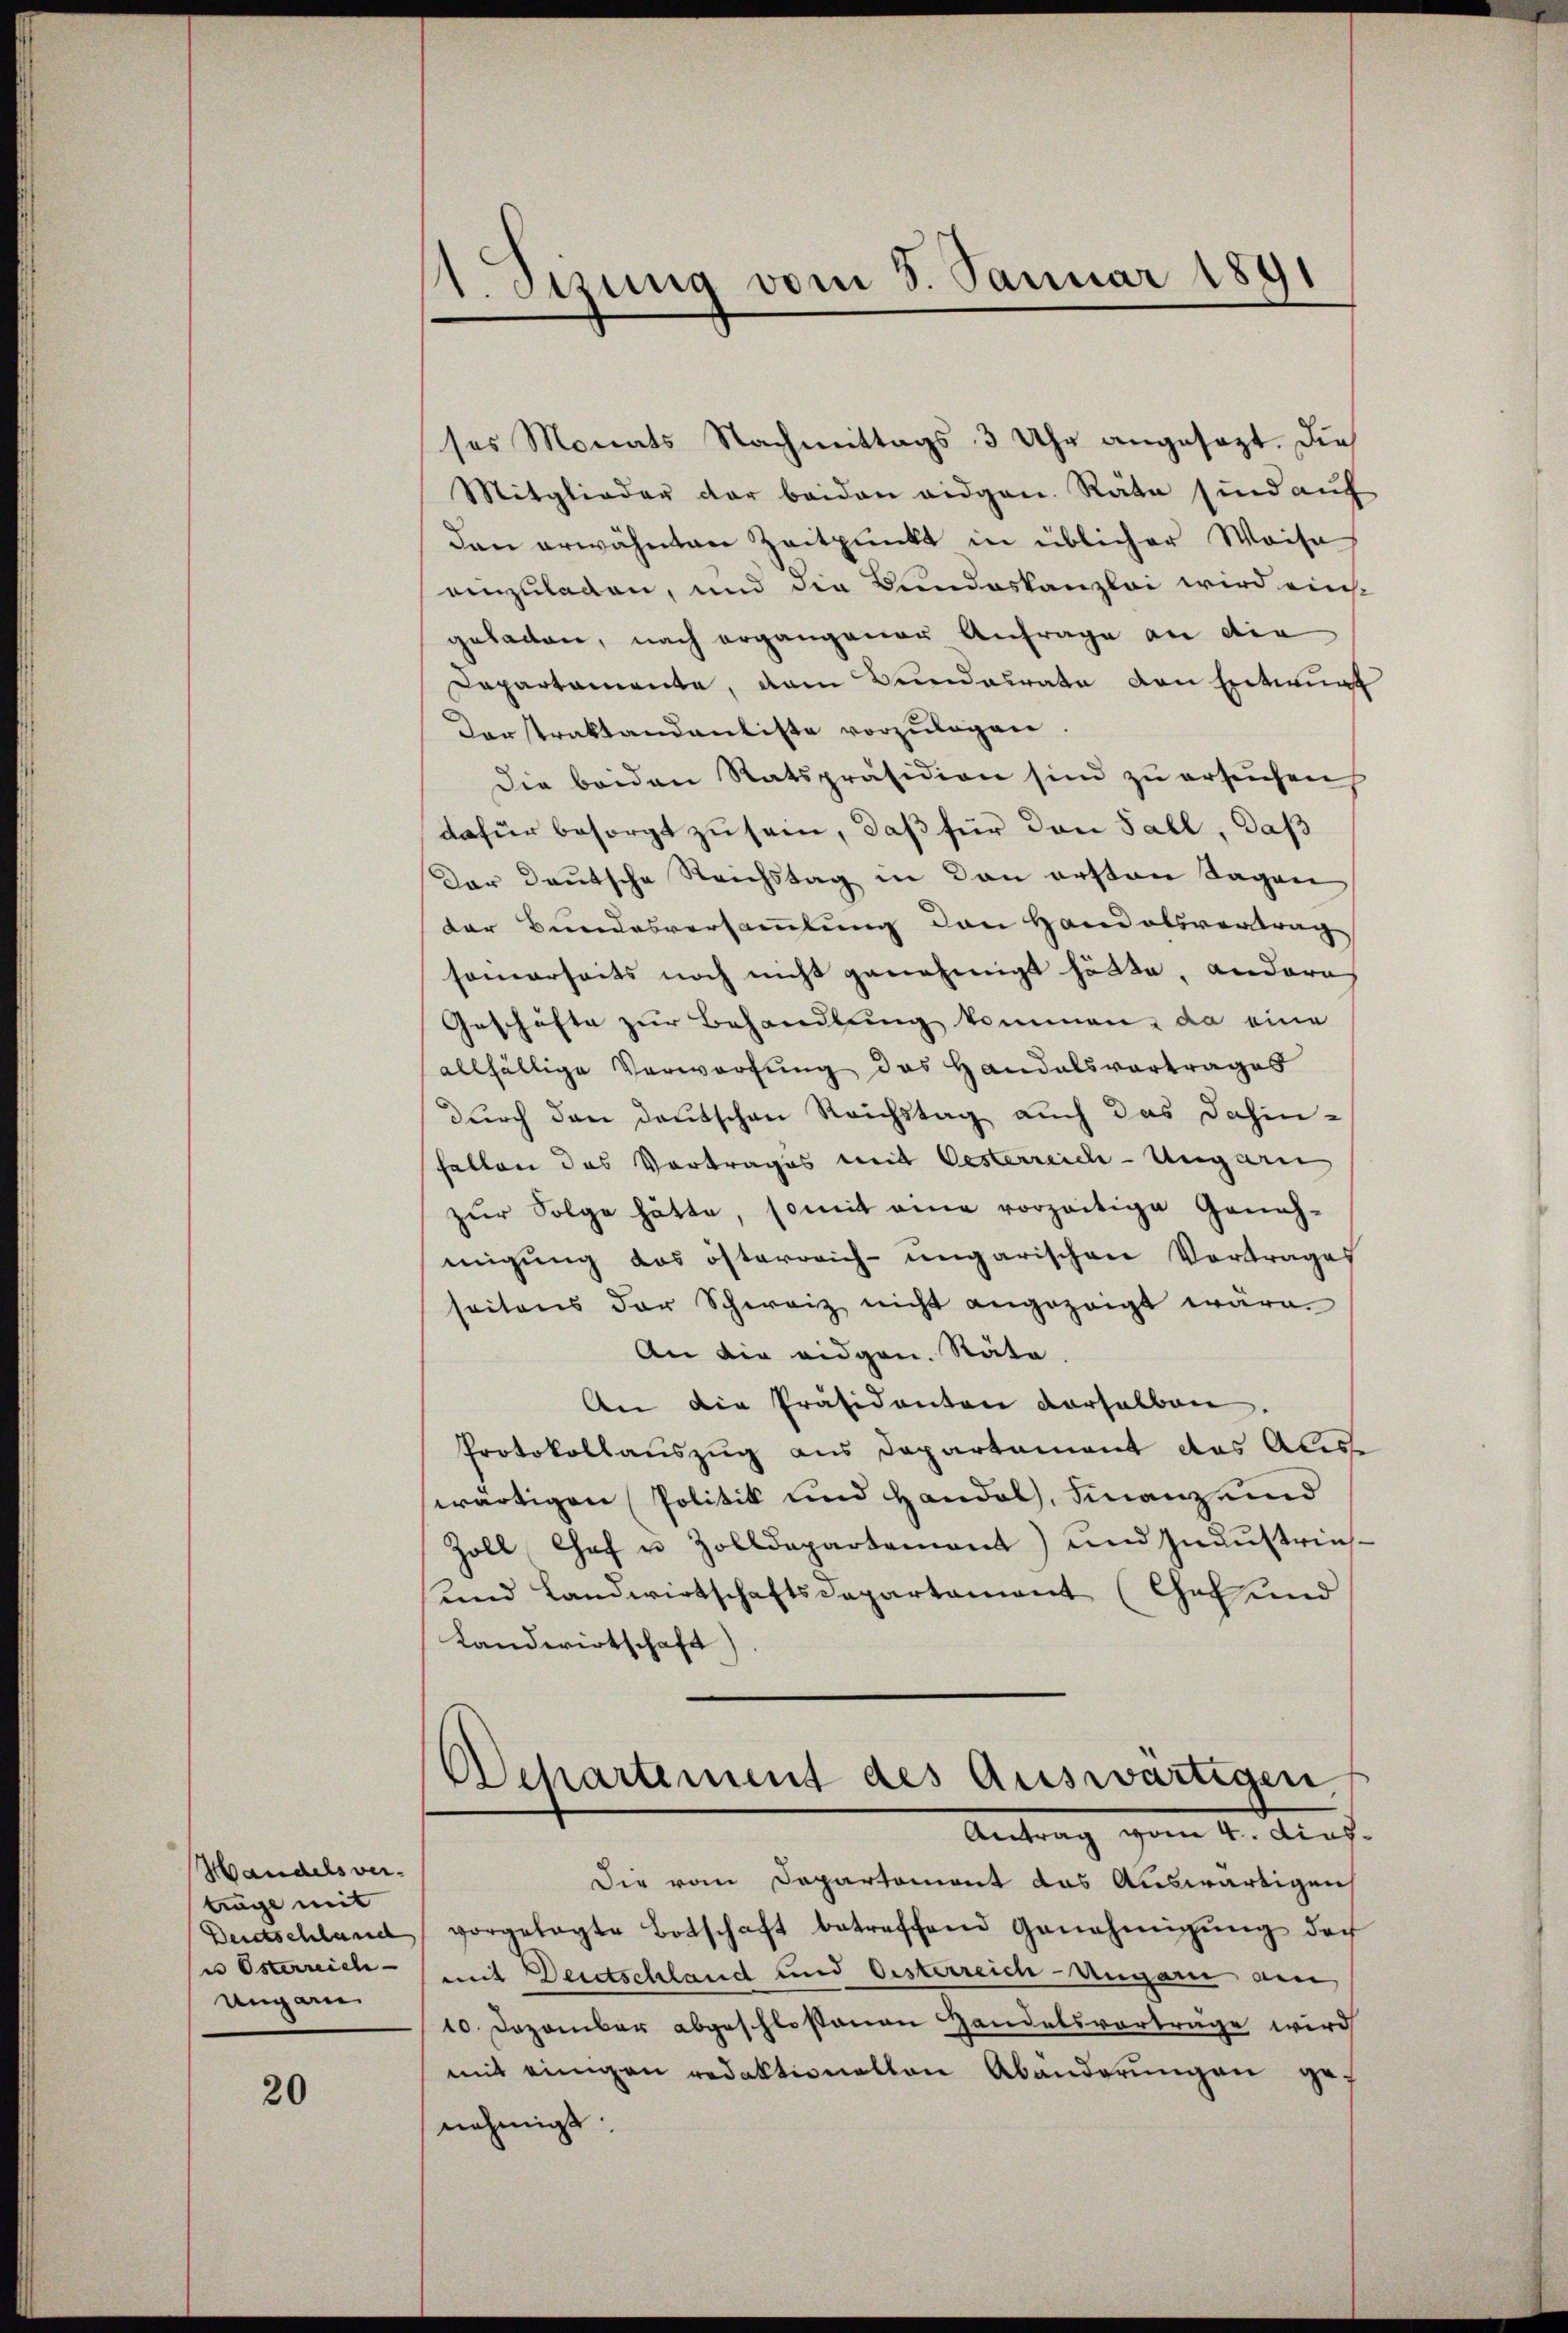
Handelsver-
träge mit
Deidtschland
in Österreich-
Ungar

20

1. etzung vom 3. Januar 1891

ses Monats Nachmittags 3 Uhr angesagt. Die
Mitglieder der beiden eidgen. Räte sind aŭf
den erwähnten Zeitpunkt in üblicher Weise
einzuladen, und die Bundeskanzlei wird eins
geladen, nach ergangener Anfrage an die
Departamente, dem Bundesrate den Entwurf
Darstraktandantiste vorzŭlegen.
die beiden Ratspräsidion sind zu ersuchen
dafür besorgt zu sein, daß für den Fall, daß
Der Deutsche Reichstag in den ersten Tagen
der Bundesversammlung den Handelsvertrag
somerseits noch nicht genehmigt hätte, andere
Geschäfte zur Behandlung kommen, da eine
allfällige Verwartung das Handelsvortrages
durch den Deutschen Reichstag auch das dahin-
fallen das Vortrages mit Oesterreich-Ungarni
zŭr Folge hätte, somit eine vorzeitige Geneh-
migung das österreich-ungarischen Vortrages
seitens der Schweiz nicht angezeigt wäre.
An die eidgen. Räte.
An die Präsidenten derselben
Protokollauszug aus Departement das Ales
wärtigen Politik und Handel, Finanz und
Zoll Chef u Zolldepartemont) und Industries¬
und Landwirtschaftsdepartament (Chat und
Landwirtschaft)
Achartement des Auswärtigen
Antrag vom 4. dies.
Die vom Departement das Auswärtigen
vorgelegte Botschaft betreffend Genehmigŭng der
mit Deietschland und Oesterreich-Ungarn am
10 Dezember abgeschlossenen Handelsvortrage wird
mit einigen redaktionalten Abänderungen genehmigt.